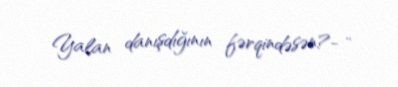
Yalan danışdığının fərqindəsən?- ..